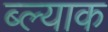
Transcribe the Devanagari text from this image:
ब्ल्याक